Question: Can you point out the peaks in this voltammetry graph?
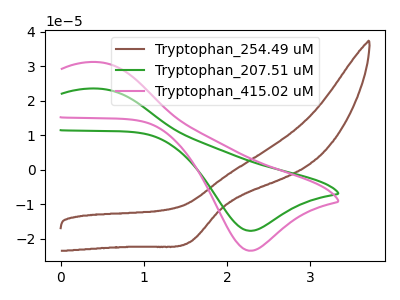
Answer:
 <answer>The brown curve "Tryptophan_254.49 uM" has a cathodic peak at: (1.55V, -21.00uA). The green curve "Tryptophan_207.51 uM" has an anodic peak at (0.45V, 23.50uA) and a cathodic peak at (2.30V, -17.65uA). The pink curve "Tryptophan_415.02 uM" has an anodic peak at (0.45V, 31.15uA) and a cathodic peak at (2.30V, -23.45uA).</answer>
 <eval></eval>